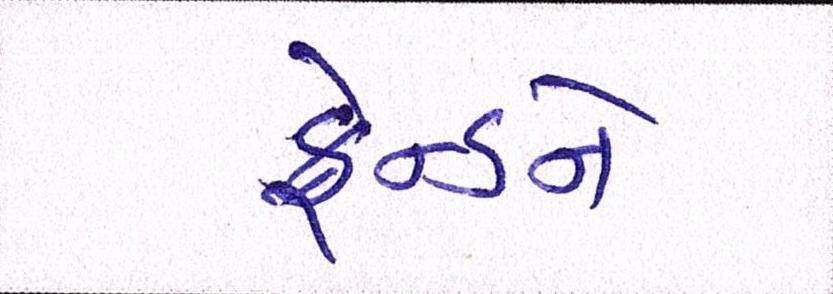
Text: ફ્રેન્ડને